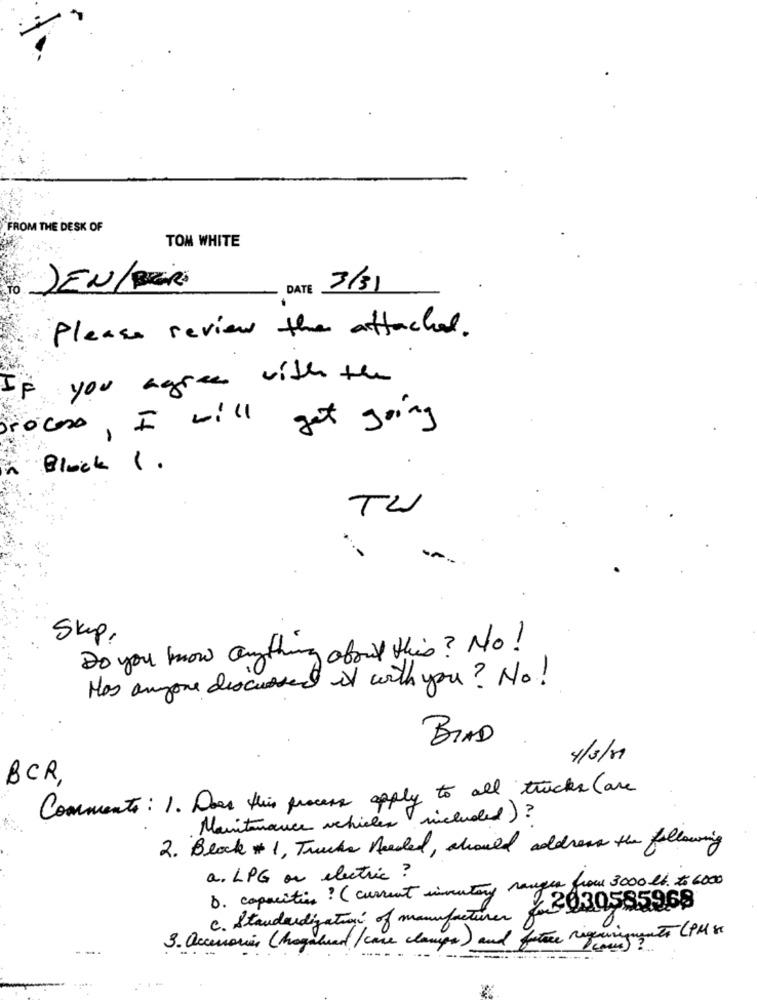
FROM THE DESK OF
TOM WHITE
DEN/DE
DATE
3/3)
Please review the attached.
IF you agree with the
get going
rocoso, I will
Block 1 .
TW
Skip,
about this? No!
Do you know anything
Has anyone discussed it with you? No!
BIAD
4/3/1
BCR
Comments: 1. Does this process apply to all trucks (are
Maintenance vehicles included ) ?
2. Block # 1, Trucks needed, should address the following
a. LPG or electric ?
b. capacities ? ( current inventory ranges from 3000 lb. to 6000
2630585968
C. Standardization of manufacturer
3. accessories (Magaluad /case clamps) and future requirements (PM &